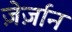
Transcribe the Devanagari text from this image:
ज़ेर्ज़ान